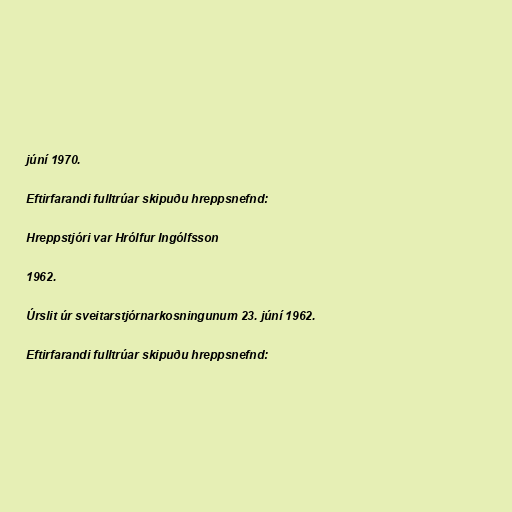
júní 1970.

Eftirfarandi fulltrúar skipuðu hreppsnefnd:

Hreppstjóri var Hrólfur Ingólfsson

1962.

Úrslit úr sveitarstjórnarkosningunum 23. júní 1962.

Eftirfarandi fulltrúar skipuðu hreppsnefnd: